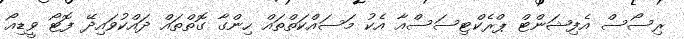
ރިސޯސް އެފިޝަންޓް ޕްރެކްޓިސަސްއާ އެކު މަސައްކަތްތައް ހިންގާ ގޮތްތައް ދައްކުވައިދޭ ފޮޓޯ ވީޑިއޯ